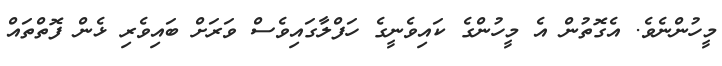
މީހުންނެވެ. އެގޮތުން އެ މީހުންގެ ކައިވެނީގެ ހަފްލާގައިވެސް ވަރަށް ބައިވެރި ޅެން ފޮތްތައް